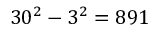
3 0 ^ { 2 } - 3 ^ { 2 } = 8 9 1